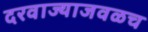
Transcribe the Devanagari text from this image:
दरवाज्याजवळच